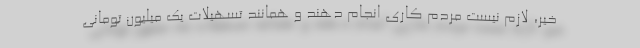
خیر، لازم نیست مردم کاری انجام دهند و همانند تسهیلات یک میلیون تومانی